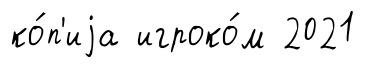
ко́п'иjа игроко́м 2021